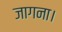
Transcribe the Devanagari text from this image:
जागना।